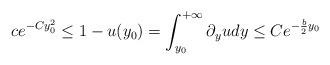
LaTeX: \begin{align*}ce^{-C y_0^2}\leq 1-u(y_0) =\int_{y_0}^{+\infty}\partial_{y} u dy\leq Ce^{-\frac{b}{2}y_0}\end{align*}